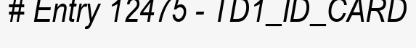
# Entry 12475 - TD1_ID_CARD